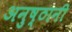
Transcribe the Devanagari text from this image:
अनुष्ठानी